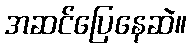
အဆင်ပြေနေဆဲ။